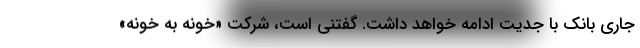
جاری بانک با جدیت ادامه خواهد داشت. گفتنی است، شرکت «خونه به خونه»